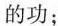
的功；